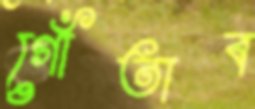
গোঁতাব